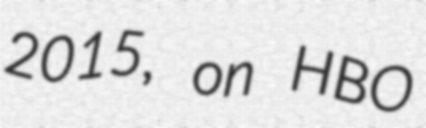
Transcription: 2015, on HBO